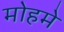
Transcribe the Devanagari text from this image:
मोहमे